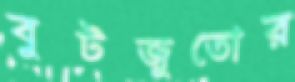
বুটজুতোর